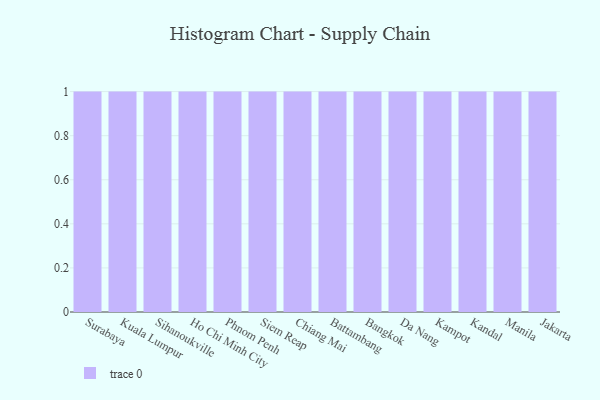
{"axis": {"x": "City", "y": "Gross Profit (USD K)"}, "legend": [""], "data": [{"x": "Surabaya", "y": 65, "type": ""}, {"x": "Kuala Lumpur", "y": 33, "type": ""}, {"x": "Sihanoukville", "y": 77, "type": ""}, {"x": "Ho Chi Minh City", "y": 96, "type": ""}, {"x": "Phnom Penh", "y": 82, "type": ""}, {"x": "Siem Reap", "y": 77, "type": ""}, {"x": "Chiang Mai", "y": 74, "type": ""}, {"x": "Battambang", "y": 8, "type": ""}, {"x": "Bangkok", "y": 21, "type": ""}, {"x": "Da Nang", "y": 53, "type": ""}, {"x": "Kampot", "y": 17, "type": ""}, {"x": "Kandal", "y": 52, "type": ""}, {"x": "Manila", "y": 2, "type": ""}, {"x": "Jakarta", "y": 97, "type": ""}]}